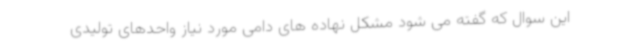
این سوال که گفته می شود مشکل نهاده های دامی مورد نیاز واحدهای تولیدی